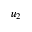
u _ { 2 }